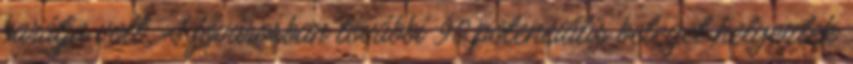
barátja volt. A fővárosban további 90 potenciális beteget helyeztek